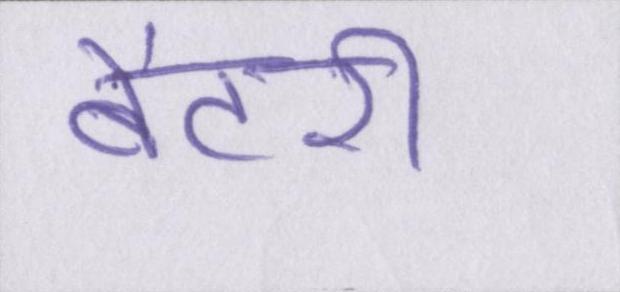
बैटरी